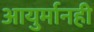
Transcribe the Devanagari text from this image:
आयुर्मानही